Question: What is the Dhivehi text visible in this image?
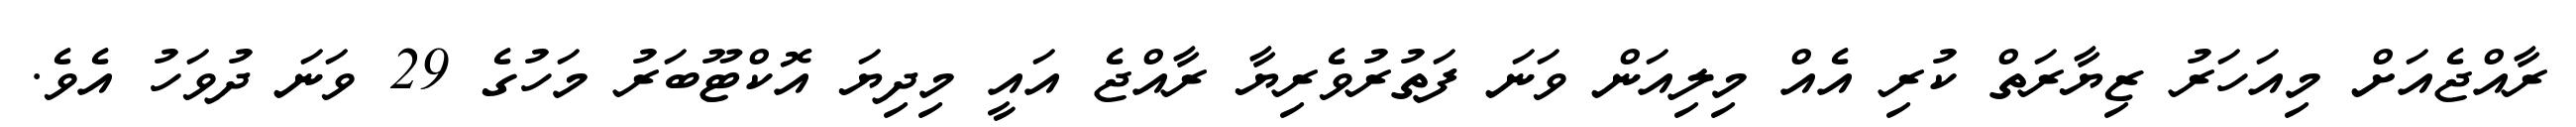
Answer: ރާއްޖެއަށް މިއަހަރު ޒިޔާރަތް ކުރި އެއް މިލިއަން ވަނަ ފަތުރުވެރިޔާ ރާއްޖެ އައީ މިދިޔަ އޮކްޓޫބަރު މަހުގެ 29 ވަނަ ދުވަހު އެވެ.